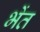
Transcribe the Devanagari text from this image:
भेंत